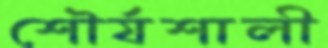
শৌর্যশালী